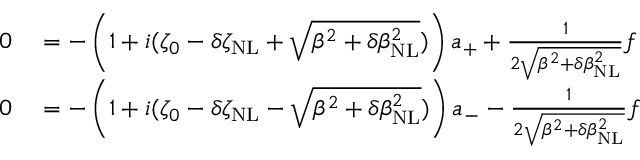
\begin{array} { r l } { 0 } & { { } = - \left( 1 + i ( \zeta _ { 0 } - \delta \zeta _ { \mathrm { N L } } + \sqrt { \beta ^ { 2 } + \delta \beta _ { \mathrm { N L } } ^ { 2 } } ) \right) a _ { + } + \frac { 1 } { 2 \sqrt { \beta ^ { 2 } + \delta \beta _ { \mathrm { N L } } ^ { 2 } } } f } \\ { 0 } & { { } = - \left( 1 + i ( \zeta _ { 0 } - \delta \zeta _ { \mathrm { N L } } - \sqrt { \beta ^ { 2 } + \delta \beta _ { \mathrm { N L } } ^ { 2 } } ) \right) a _ { - } - \frac { 1 } { 2 \sqrt { \beta ^ { 2 } + \delta \beta _ { \mathrm { N L } } ^ { 2 } } } f } \end{array}